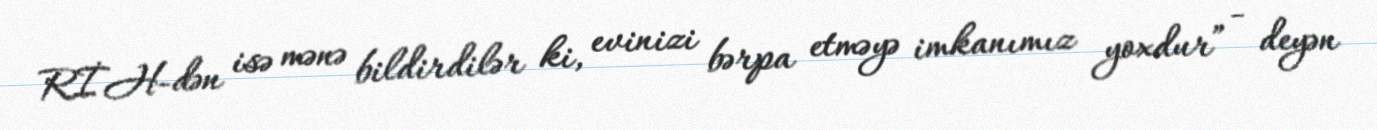
RİH-dən isə mənə bildirdilər ki, evinizi bərpa etməyə imkanımız yoxdur” - deyən